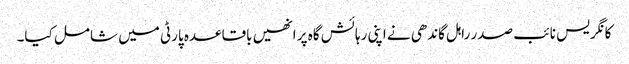
کانگریس نائب صدر راہل گاندھی نے اپنی رہائش گاہ پر انھیں باقاعدہ پارٹی میں شامل کیا۔